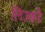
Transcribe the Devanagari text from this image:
लिउको